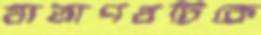
যাত্রাপথটিকে